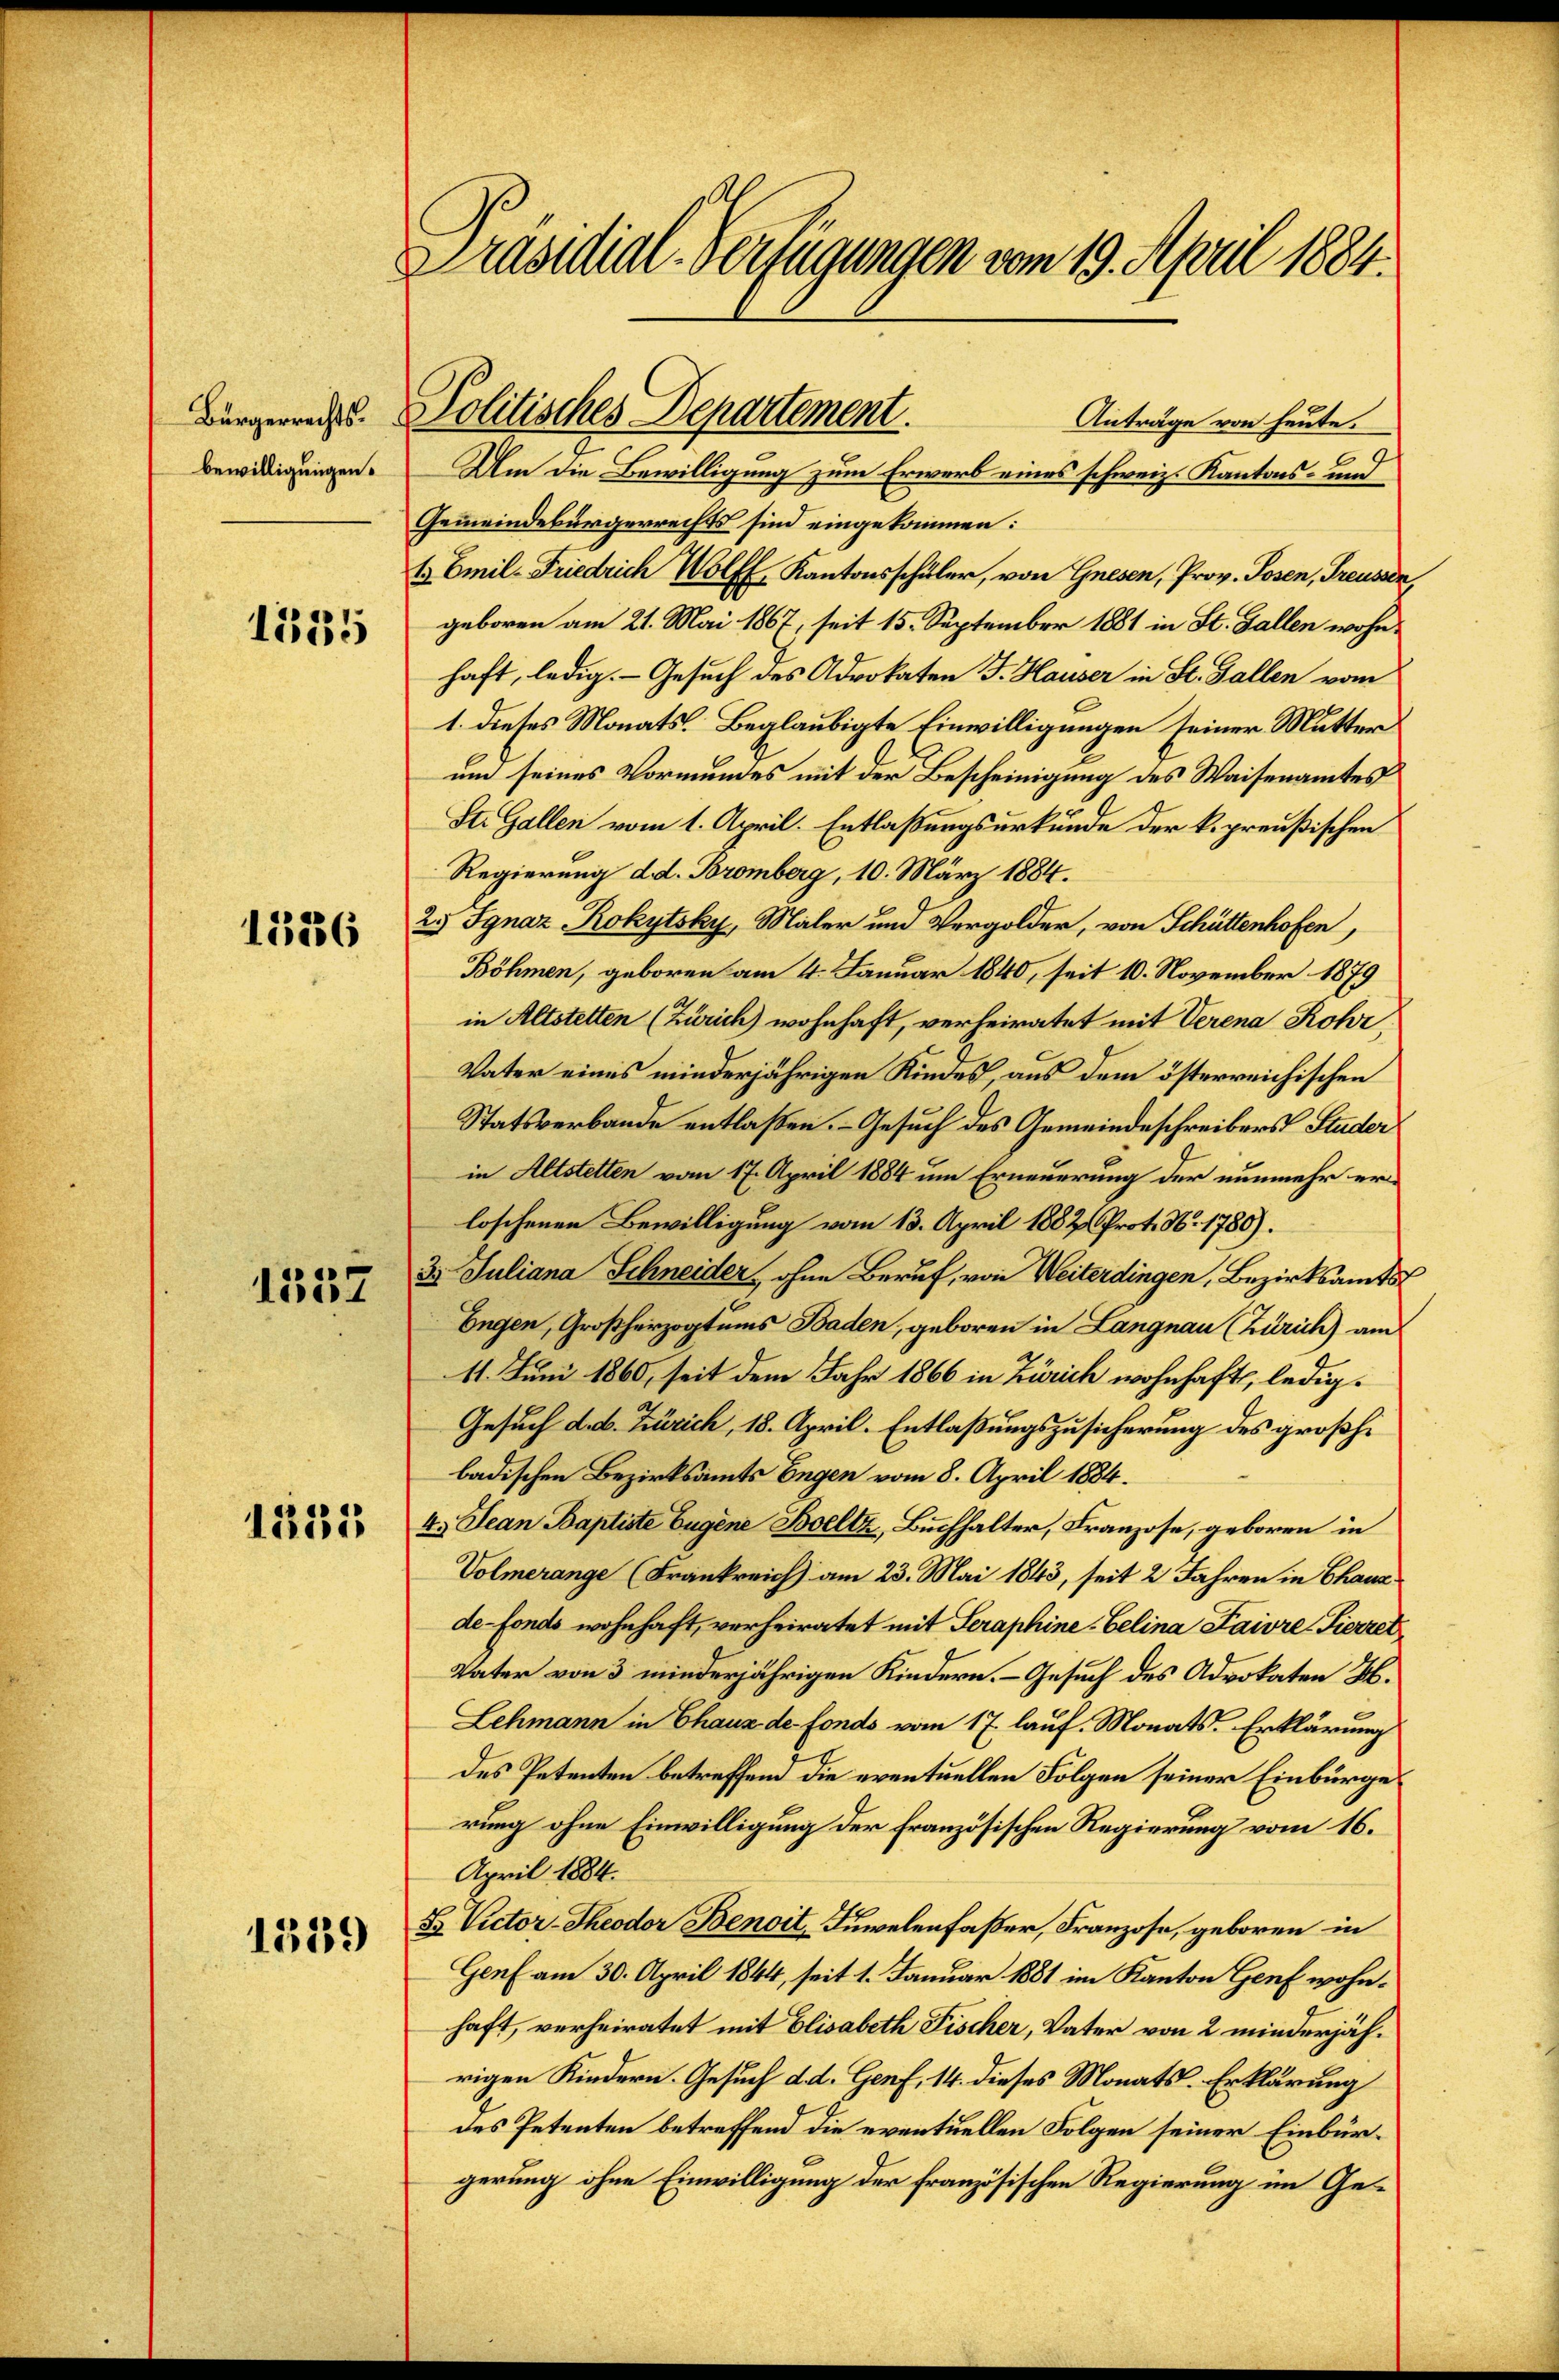
Bürgerrechts.
bewilligungen.

1335

1526

1357

12231

1539

Präsidial-Verfügungen vom 19. April 1884.

Anträge von heute.
Um die Bewilligung zum Erwerb eines schweiz. Kantons- und
Gemeindebürgerrechts sind eingekommen:
t Emil-Friedrich Wolf Kantonsschüler, von Gresen, Prov. Posen, Treussen,
geboren am 21. Mai 1867, seit 15. September 1881 in St. Gallen wohnhaft, ledig. Gesuch des Advokaten J. Hauser in St. Gallen vom
1. dieses Monats Beglaubigte Einwilligungen seiner Mutter
um seines Vormundes mit der Bescheinigung des Waisenamtes
St. Gallen vom 1. April. Entlaßungsurkunde der k. preußischen
Regierung d. d. Bromberg, 10. März 1884.
25 Ignaz Rokytsky, Maler und Vergolder, von Schüttenhofen,
Böhmen, geboren am 4. Januar 1840, seit 10. November 1879
in Altstetten (Zürich) wohnhaft, verheiratet mit Verena Rohr,
Vater eines minderjährigen Kindes, aus dem österreichischen
Statsverbande entlaßen. - Gesuch des Gemeindeschreibers Studer
in Altstetten vom 17. April 1884 um Erneuerung der nunmehr erloschenen Bewilligung vom 13. April 1882 Prot. N. 1780).
3. Juliana Schneider, ohne Beruf, von Weiterdingen, Bezirksamts
Engen, Großherzogtums Baden, geboren in Langnau (Zürich) am
11. Juni 1860, seit dem Jahr 1866 in Zürich wohnhaft, ledig¬
Gesuch d. d. Zürich, 18. April. Entlaßungszusicherung des großhibadischen Bezirksamts Engen vom 8. April 1884.
4.) Jean Baptiste Eugene Boeltz, Buchhalter, Franzose, geboren in
Volmerange (Frankreich am 23. Mai 1843, seit 2 Jahren in Chausde-Fonds wohnhaft, verheiratet mit Seraphine-Celina Faivre Pierret
Vater von 3 minderjährigen Kindern. Gesuch des Advokaten H.
Lehmann in Chaux de fonds vom 17. lauf. Monats Erklärung
des Petenten betreffend die eventuellen Folgen seiner Einbürge
rung ohne Einwilligung der Französischen Regierung vom 16.
April 1884.
S Victor-Theodor Benoit, Juwelenfaßer, Franzose, geboren in
Genf am 30. April 1844, seit 1. Januar 1881 im Kanton Genf wohnhaft, verheiratet mit Elisabeth Fischer, Vater von 2 minderjährigen Kindern. Gesuch d. d. Genf, 14. dieses Monats. Erklärung
des Petenten betreffend die eventuellen Folgen seiner Einbürgerung ohne Einwilligung der französischen Regierung im Ge¬

Politisches Departement.